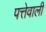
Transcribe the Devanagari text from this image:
पत्तेवाली